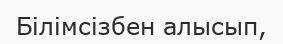
Білімсізбен алысып,